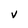
Character: V